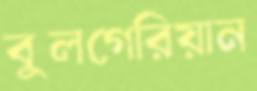
বুলগেরিয়ান